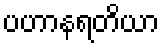
ပဟာနရတိယာ